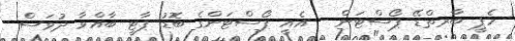
ހެޕީ ބާރތްޑޭ ޕޯސްޓަން - އެއީ ޕޯސްޓަންގެ ބޮޑު ޕާޓީ ބާއްވާ ދުވަސް